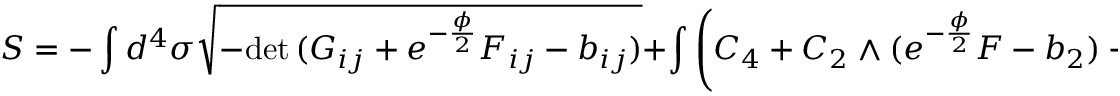
S = - \int d ^ { 4 } \sigma \sqrt { - \mathrm { d e t } \, ( G _ { i j } + e ^ { - \frac { \phi } { 2 } } F _ { i j } - b _ { i j } ) } + \int \left( C _ { 4 } + C _ { 2 } \wedge ( e ^ { - \frac { \phi } { 2 } } F - b _ { 2 } ) + \frac { 1 } { 2 } C _ { 0 } F \wedge F \right) \, .